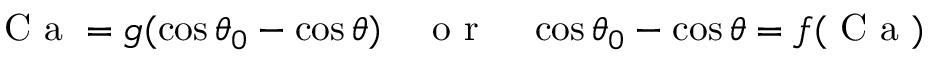
\mathrm { ~ C ~ a ~ } = g ( \cos \theta _ { 0 } - \cos \theta ) \quad \mathrm { ~ o ~ r ~ } \quad \cos \theta _ { 0 } - \cos \theta = f ( \mathrm { ~ C ~ a ~ } )